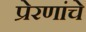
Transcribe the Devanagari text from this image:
प्रेरणांचे